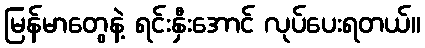
မြန်မာတွေနဲ့ ရင်းနှီးအောင် လုပ်ပေးရတယ်။